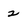
Character: 2